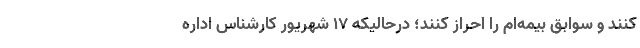
کنند و سوابق بیمه‌ام را احراز کنند؛ درحالیکه ۱۷ شهریور کارشناس اداره